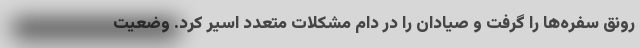
رونق سفره‌ها را گرفت و صیادان را در دام مشکلات متعدد اسیر کرد. وضعیت